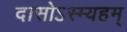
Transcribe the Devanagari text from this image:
दासोऽस्म्यहम्